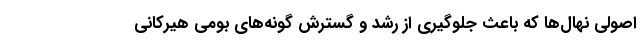
اصولی نهال‌ها که باعث جلوگیری از رشد و گسترش گونه‌های بومی هیرکانی